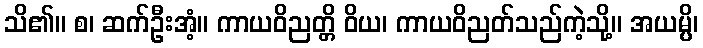
သိ၏။ စ၊ ဆက်ဦးအံ့။ ကာယဝိညတ္တိ ဝိယ၊ ကာယဝိညတ်သည်ကဲ့သို့။ အယမ္ပိ၊